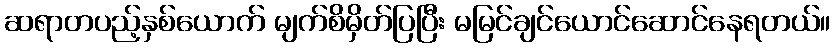
ဆရာတပည့်နှစ်ယောက် မျက်စိမှိတ်ပြပြီး မမြင်ချင်ယောင်ဆောင်နေရတယ်။